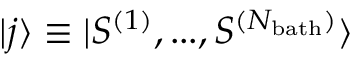
| j \rangle \equiv { | S ^ { ( 1 ) } , . . . , S ^ { ( N _ { \mathrm { b a t h } } ) } \rangle }